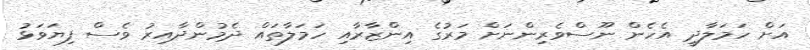
އަށް ހަމަލާދީ އެހެން ނޫސްވެރިންނަށް މަރުގެ އިންޒާރާއި ހަމަލާތައް ދެމުންދާއިރު ވެސް ފިޔަވަޅު